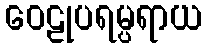
ဝေဠုပရမ္ပရာယ